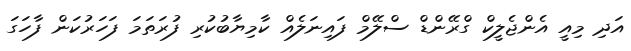
އަދި މިއީ އެންޖެލީކް ގްރޭންޑް ސްލޭމް ފައިނަލެއް ކާމިޔާބުކުރި ފުރަތަމަ ފަހަރުކަން ފާހަގަ